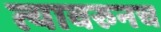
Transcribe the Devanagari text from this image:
त्यावरुनच